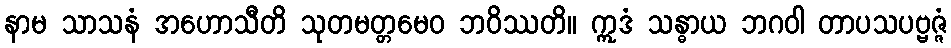
နာမ သာသနံ အဟောသီတိ သုတမတ္တမေဝ ဘဝိဿတိ။ ဣဒံ သန္ဓာယ ဘဂဝါ တာပသပဗ္ဗဇ္ဇံ